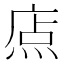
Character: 𤉽